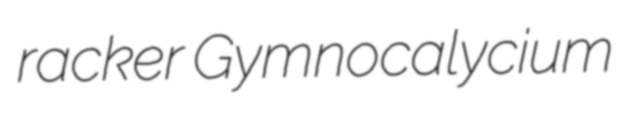
racker Gymnocalycium